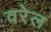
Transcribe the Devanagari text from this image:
वरेल